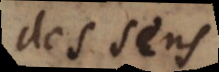
des sens